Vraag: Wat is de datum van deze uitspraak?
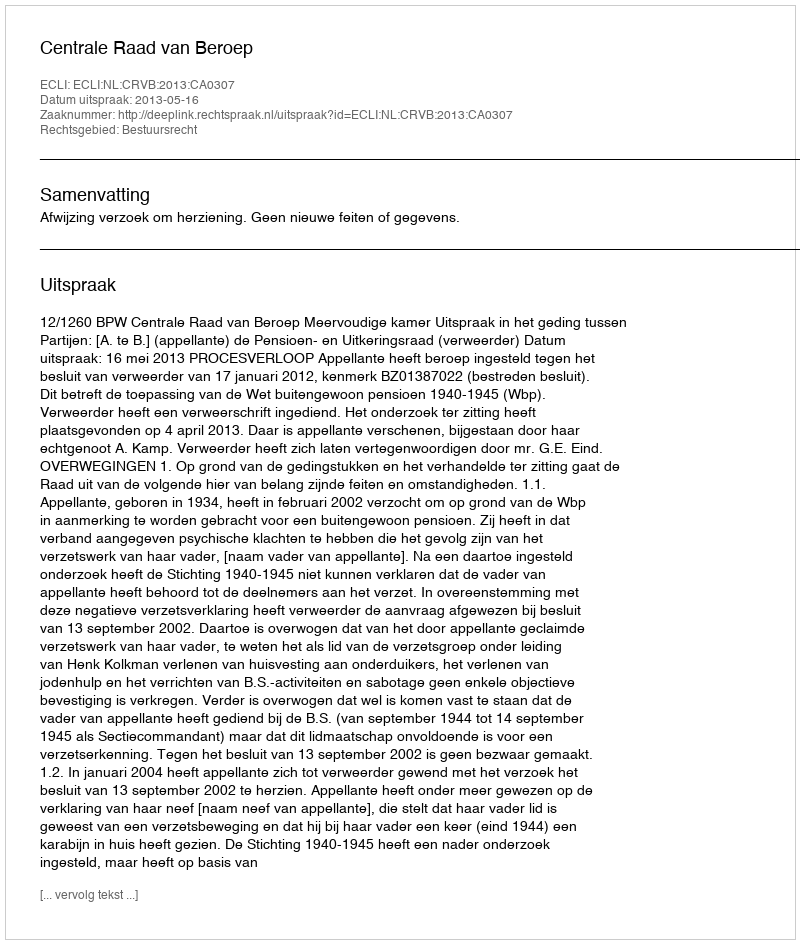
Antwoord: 2013-05-16